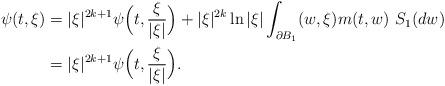
LaTeX: \begin{align*}\psi(t, \xi)&=|\xi|^{2k+1} \psi\Big(t, \frac{\xi}{|\xi|} \Big) + |\xi|^{2k}\ln |\xi| \int_{\partial B_1} (w,\xi) m(t,w)~S_1(dw) \\&=|\xi|^{2k+1} \psi\Big(t, \frac{\xi}{|\xi|} \Big).\end{align*}